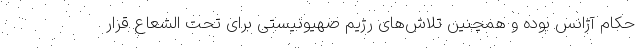
حکام آژانس بوده و همچنین تلاش‌های رژیم صهیونیستی برای تحت الشعاع قرار